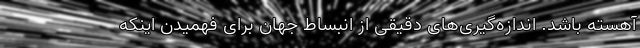
آهسته باشد. اندازه‌گیری‌های دقیقی از انبساط جهان برای فهمیدن اینکه